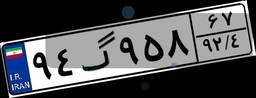
۹۴گ۹۵۸۶۷